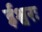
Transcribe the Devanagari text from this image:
ईश्वरः